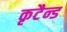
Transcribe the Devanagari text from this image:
कृटैन्ड